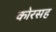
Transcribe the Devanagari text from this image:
कोरसह